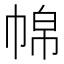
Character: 𱜪